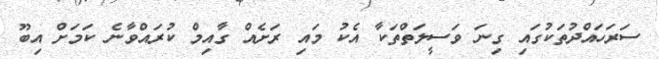
ސަރަހައްދުތަކުގައި ގިނަ ވަސީލަތްތަކާ އެކު މައި ރަށެއް ގާއިމް ކުރައްވާނެ ކަމަށް އިބޫ